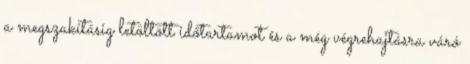
a megszakításig letöltött időtartamot és a még végrehajtásra váró